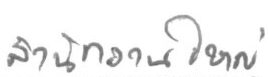
สำนักงานใหญ่